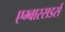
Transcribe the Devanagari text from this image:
एम्बास्सडर्स